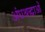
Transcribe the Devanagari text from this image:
अंधश्रद्धाओं